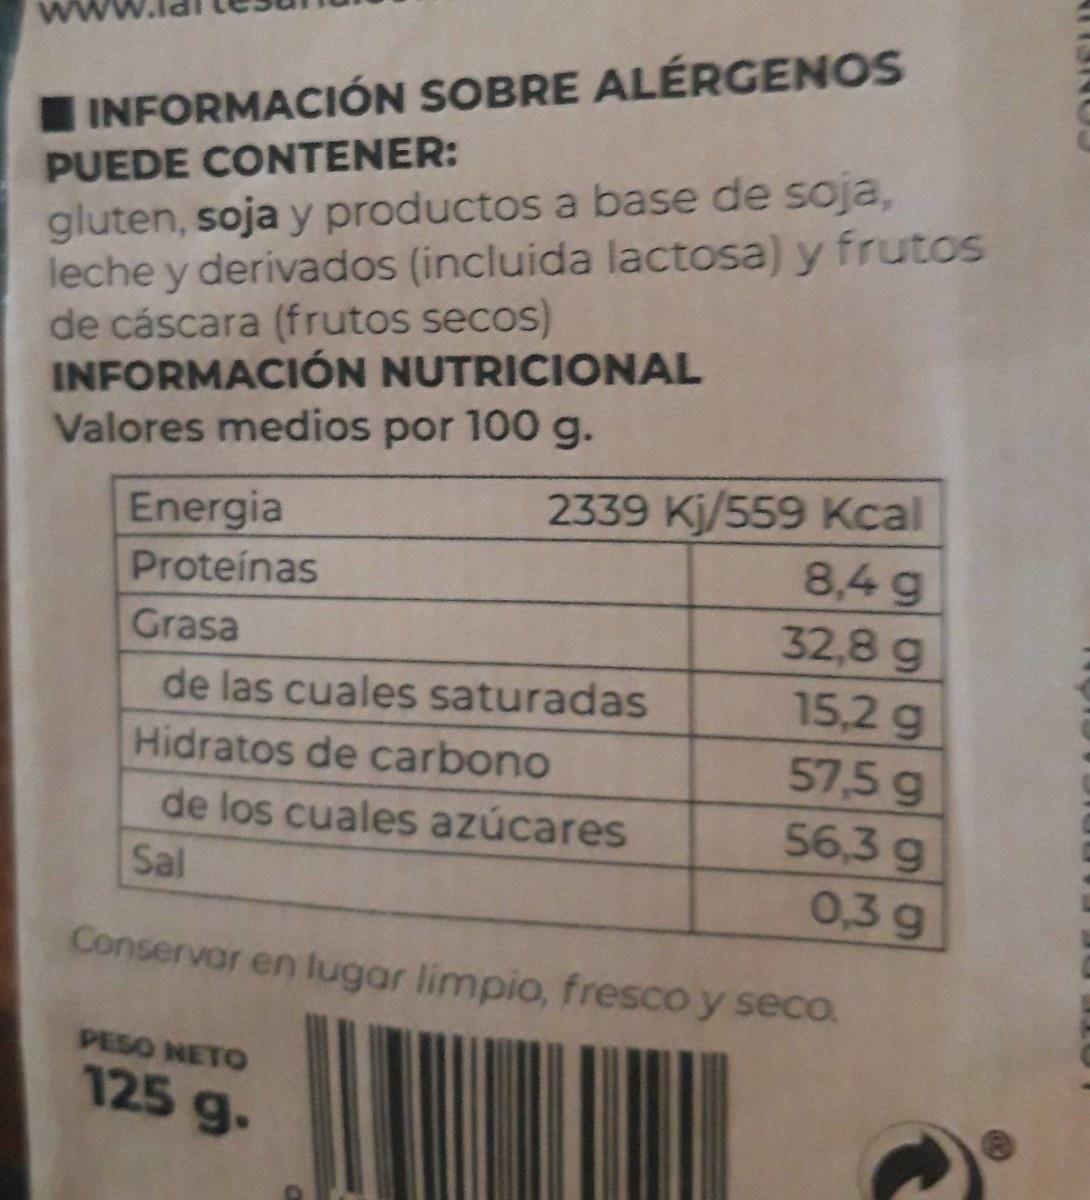
IINFORMACIÓN SOBRE ALÉRGENOS
gluten, soja y productos a base de soja, leche y derivados (incluida lactosa) y frutos de cáscara (frutos secos) INFORMACIÓN NUTRICIONAL Valores medios por 100 g.
PUEDE CONTENER:
2339 Kj/559 Kcal 8,4g 32,8 g
Energia
Proteínas
Grasa de las cuales saturadas
15,2 g
Hidratos de carbono
57,5 g
56,3 g 0,3 g
de los cuales azúcares
Sal
Conservar en lugar limpio, fresco y seco.
PESO NETO 125 g.
CONEUIN